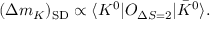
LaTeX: ( \Delta m _ { K } ) _ { \mathrm { S D } } \propto \langle { K ^ { 0 } | O _ { \Delta S = 2 } | \bar { K } ^ { 0 } } \rangle .